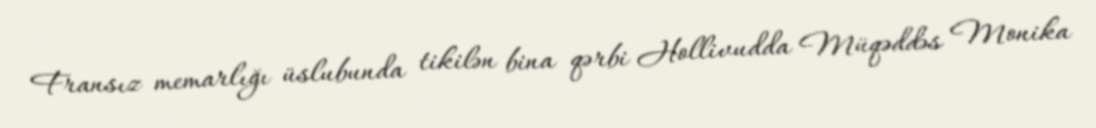
Fransız memarlığı üslubunda tikilən bina qərbi Hollivudda Müqəddəs Monika